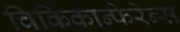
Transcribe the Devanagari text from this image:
विकिकान्फेरेन्स